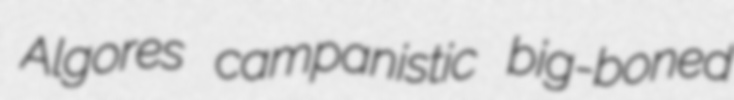
Algores campanistic big-boned